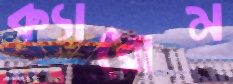
ক্যারোম